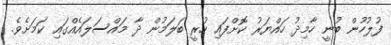
ފުލުހުން ބުނީ ހާމިދު ހައްޔަރު ކޮށްފައި ހުރީ ބަލަމުން ދާ މައްސަލައެއްގައި ކަމަށެވެ.